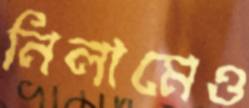
নিলামেও